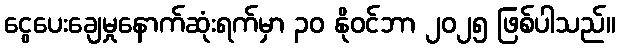
ငွေပေးချေမှုနောက်ဆုံးရက်မှာ ၃၀ နိုဝင်ဘာ ၂၀၂၅ ဖြစ်ပါသည်။